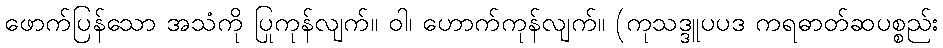
ဖောက်ပြန်သော အသံကို ပြုကုန်လျက်။ ဝါ၊ ဟောက်ကုန်လျက်။ (ကုသဒ္ဒူပပဒ ကရဓာတ်ဆပစ္စည်း